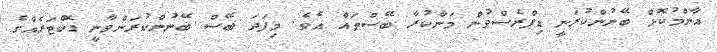
އާންމުކޮށް ބޭނުންކުރަނީ ޑިޕްރެސްވުން މަނާކުރާ ބޭސްތައް އެވެ. މިފަދަ ބޭސް ބޭނުންކުރަންވާނީ ޑޮކްޓަރެއްގެ